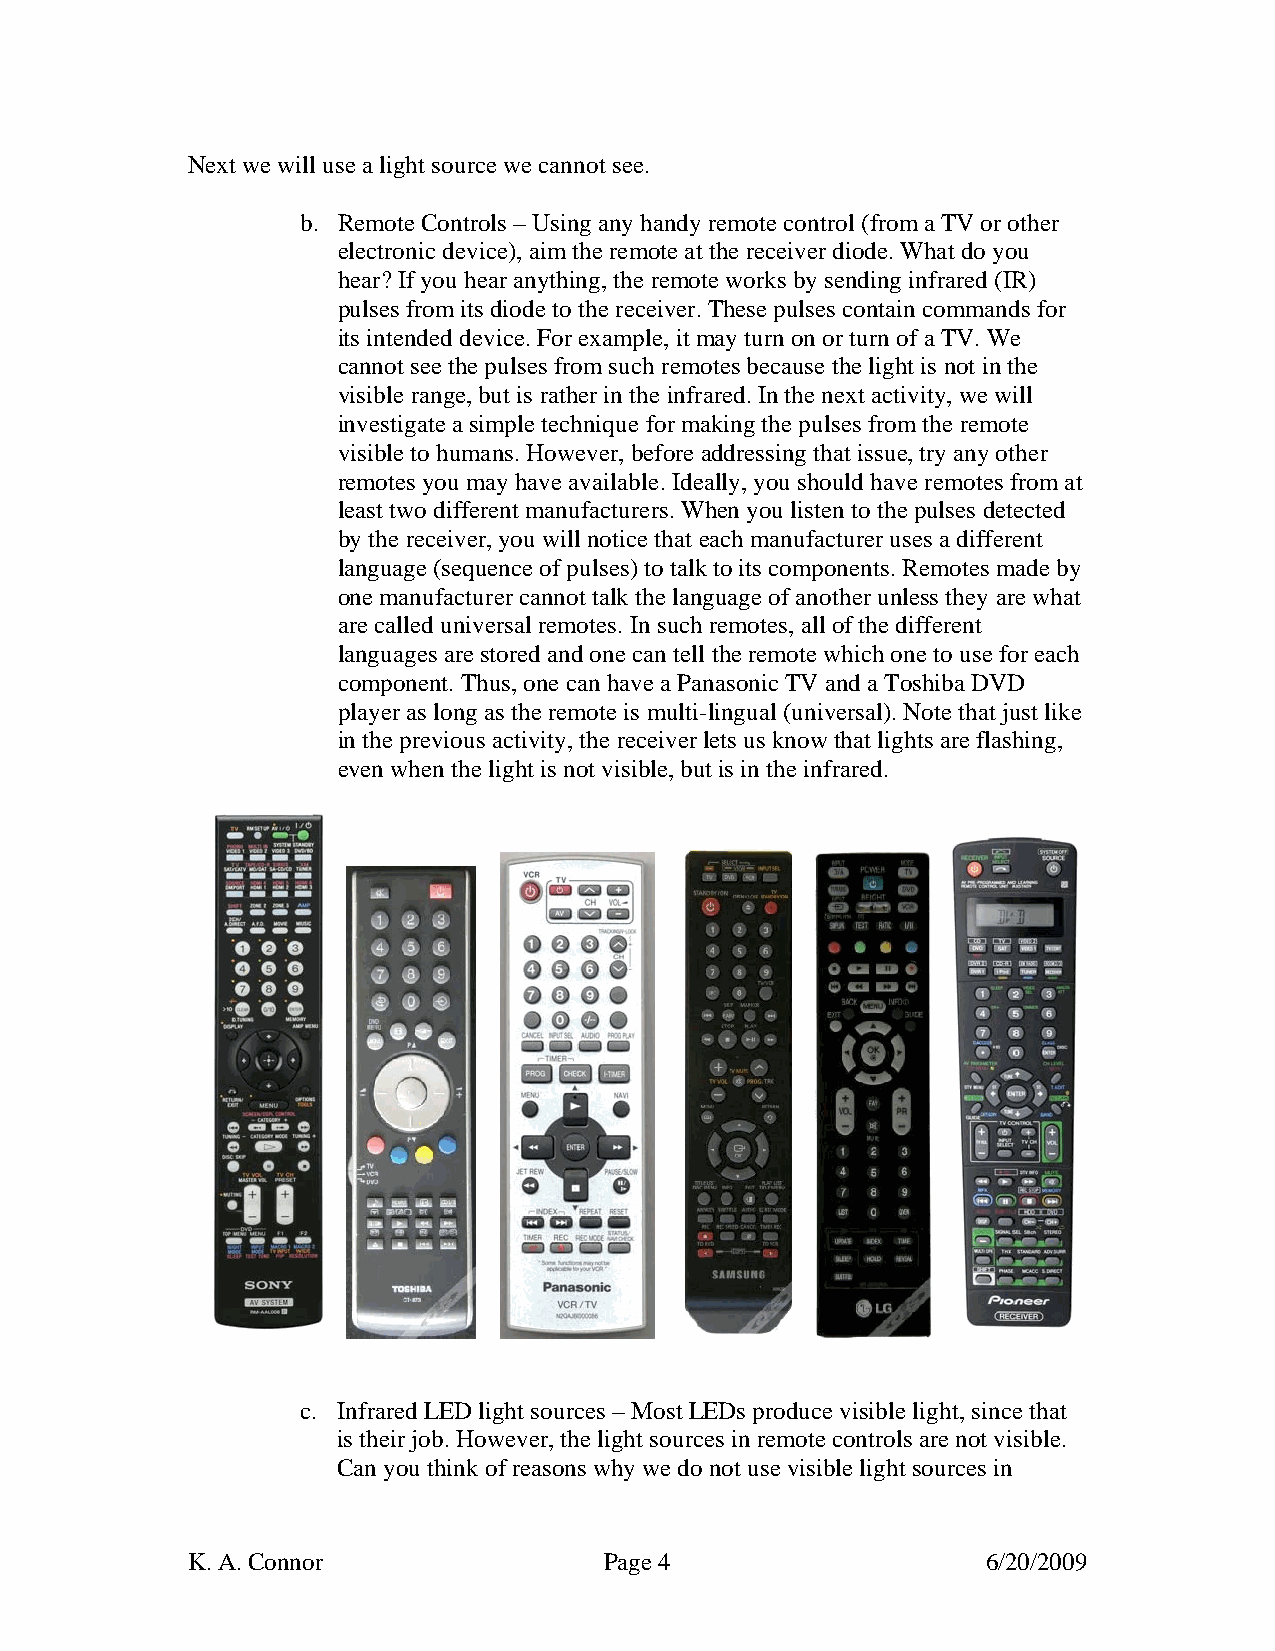
Next we will use a light source we cannot see.
 b. Remote Controls – Using any handy remote control (from a TV or other
 electronic device), aim the remote at the receiver diode. What do you
 hear? If you hear anything, the remote works by sending infrared (IR)
 pulses from its diode to the receiver. These pulses contain commands for
 its intended device. For example, it may turn on or turn of a TV. We
 cannot see the pulses from such remotes because the light is not in the
 visible range, but is rather in the infrared. In the next activity, we will
 investigate a simple technique for making the pulses from the remote
 visible to humans. However, before addressing that issue, try any other
 remotes you may have available. Ideally, you should have remotes from at
 least two different manufacturers. When you listen to the pulses detected
 by the receiver, you will notice that each manufacturer uses a different
 language (sequence of pulses) to talk to its components. Remotes made by
 one manufacturer cannot talk the language of another unless they are what
 are called universal remotes. In such remotes, all of the different
 languages are stored and one can tell the remote which one to use for each
 component. Thus, one can have a Panasonic TV and a Toshiba DVD
 player as long as the remote is multi-lingual (universal). Note that just like
 in the previous activity, the receiver lets us know that lights are flashing,
 even when the light is not visible, but is in the infrared.
 c. Infrared LED light sources – Most LEDs produce visible light, since that
 is their job. However, the light sources in remote controls are not visible.
 Can you think of reasons why we do not use visible light sources in
 K. A. Connor                Page 4                   6/20/2009